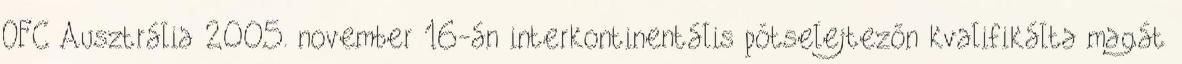
OFC Ausztrália 2005. november 16-án interkontinentális pótselejtezőn kvalifikálta magát